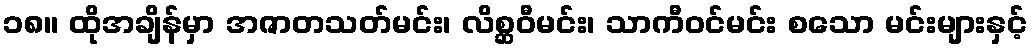
၁၈။ ထိုအချိန်မှာ အဇာတသတ်မင်း၊ လိစ္ဆဝီမင်း၊ သာကီဝင်မင်း စသော မင်းများနှင့်